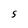
Character: S